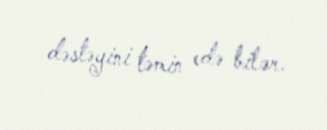
dəstəyini təmin edə bilər.